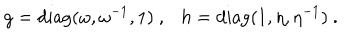
g = { \mathrm { d i a g } } ( \omega , \omega ^ { - 1 } , 1 ) ~ , h = { \mathrm { d i a g } } ( 1 , \eta , \eta ^ { - 1 } ) ~ .